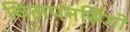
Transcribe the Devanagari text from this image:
चिलपनसिंगो